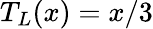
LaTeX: T_{L}(x)=x/3